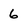
Character: 6